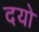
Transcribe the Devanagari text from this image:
दयो